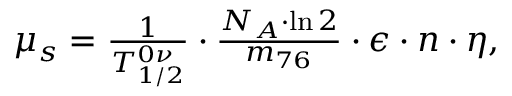
\begin{array} { r } { \mu _ { s } = \frac { 1 } { T _ { 1 / 2 } ^ { 0 \nu } } \cdot \frac { N _ { A } \cdot \ln { 2 } } { m _ { 7 6 } } \cdot \epsilon \cdot n \cdot \eta , } \end{array}